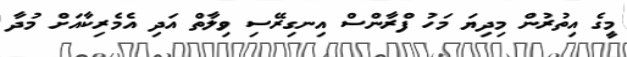
މީގެ އިތުރުން މިދިޔަ މަހު ފްރާންސް އިނގިރޭސި ވިލާތް އަދި އެމެރިކާއަށް މުދާ